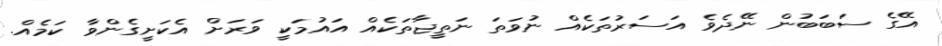
އޭގެ ސަބަބުން ނޭދެވެ އަސަރުތަކެއް ނުވަތަ ނަތީޖާތަކެއް އައުމަކީ ވަރަށް އެކަށީގެންވާ ކަމެއް.